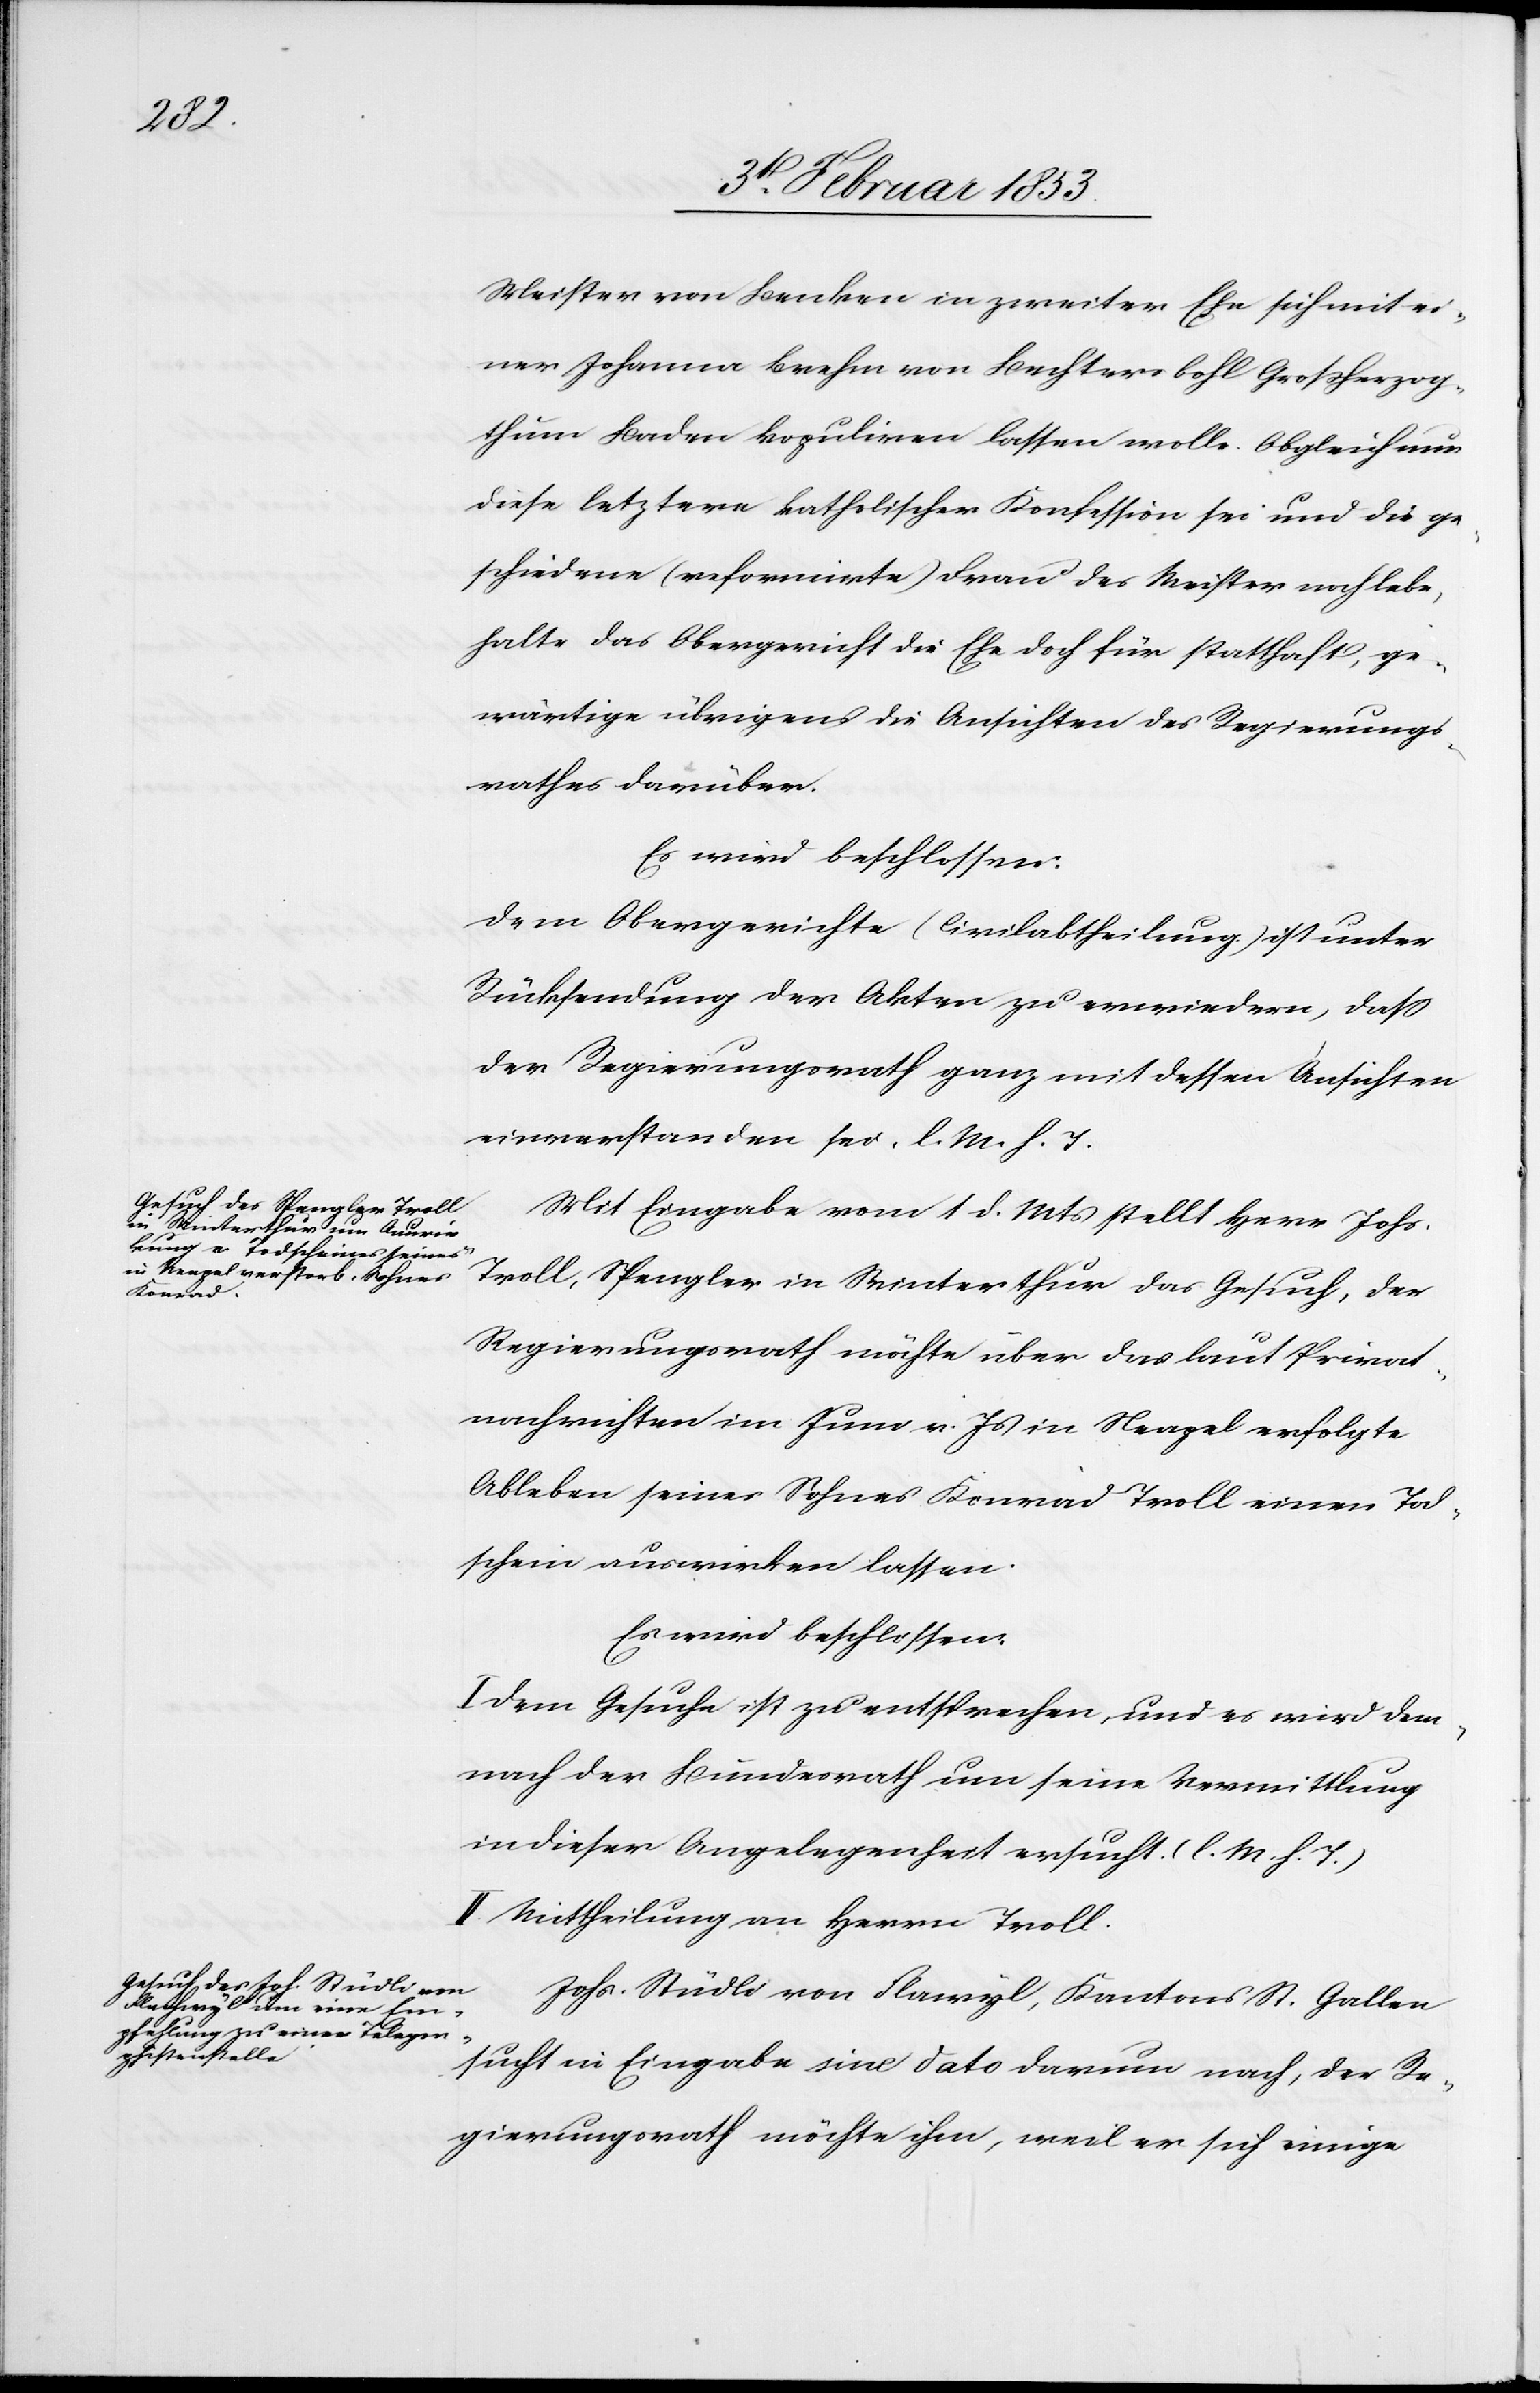
Meister von Benken in zweiter Ehe sich mit ei¬
ner Johanna Brehm von Bechtersbohl Großherzog¬
thum Baden kopuliren lassen wolle. Obgleich nun
diese letztere katholischer Konfession sei und die ge¬
schiedene (reformirte) Frau des Meister noch lebe,
halte das Obergericht die Ehe doch für statthaft, ge¬
wärtige übrigens die Ansichten des Regierungs¬
rathes darüber.
Es wird beschlossen:
Dem Obergerichte (Civilabtheilung) ist unter
Rücksendung der Akten zu erwiedern, daß
der Regierungsrath ganz mit dessen Ansichten
einverstanden sei. l. M. h. T
Mit Eingabe vom 1 d. Mts. stellt Herr Johs.
Troll, Spengler in Winterthur das Gesuch, der
Regierungsrath möchte über das laut Privat¬
nachrichten im Juni v. Js. in Neapel erfolgte
Ableben seines Sohnes Konrad Troll einen Tod¬
schein auswirken lassen.
Es wird beschlossen:
I. Dem Gesuche ist zu entsprechen, und es wird dem¬
nach der Bundesrath um seine Vermittlung
in dieser Angelegenheit ersucht. [l. M. h. T]
II. Mittheilung an Herrn Troll.
Johs. Stüdli von Flawyl, Kantons St. Gallen
sucht in Eingabe sine dato darum nach, der Re¬
gierungsrath möchte ihm, weil er sich einige